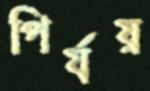
পির্যয়